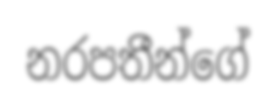
නරපතීන්ගේ